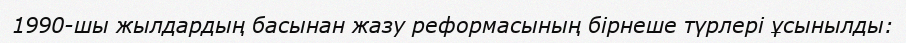
1990-шы жылдардың басынан жазу реформасының бірнеше түрлері ұсынылды: